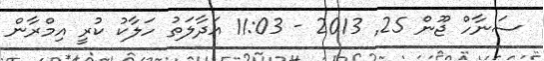
ސަނާހް ޖޫން 25